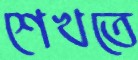
শেখতে